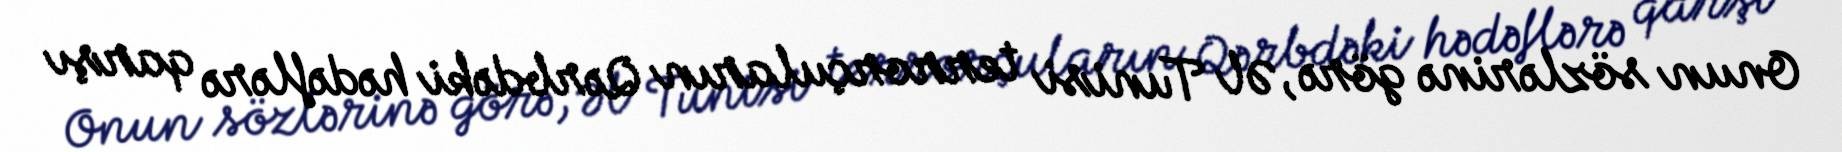
Onun sözlərinə görə, Əl Tunisi terrorçuların Qərbdəki hədəflərə qarşı